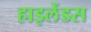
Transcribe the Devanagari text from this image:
हाइलेंडस